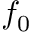
f _ { 0 }